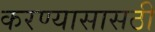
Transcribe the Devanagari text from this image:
करण्यासासठी